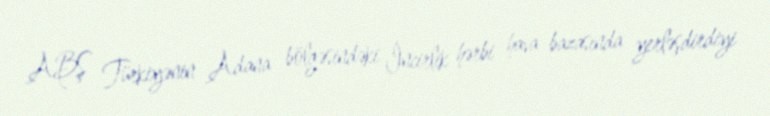
ABŞ Türkiyənin Adana bölgəsindəki İncirlik hərbi hava bazasında yerləşdirdiyi